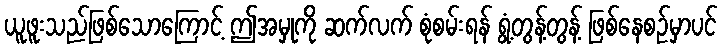
ယူဖူးသည်ဖြစ်သောကြောင့် ဤအမှုကို ဆက်လက် စုံစမ်းရန် ရွံ့တွန့်တွန့် ဖြစ်နေစဉ်မှာပင်